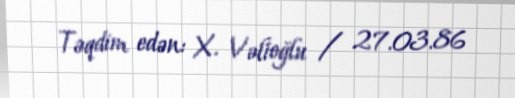
Təqdim edən: X. Vəlioğlu / 27.03.86